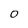
Character: o